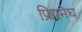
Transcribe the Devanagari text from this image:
प्रियमेघ